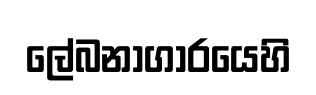
ලේබනාගාරයෙහි